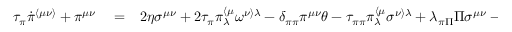
\begin{array} { r l r } { \tau _ { \pi } \dot { \pi } ^ { \langle \mu \nu \rangle } + \pi ^ { \mu \nu } } & { { } = } & { 2 \eta \sigma ^ { \mu \nu } + 2 \tau _ { \pi } \pi _ { \lambda } ^ { \langle \mu } \omega ^ { \nu \rangle \lambda } - \delta _ { \pi \pi } \pi ^ { \mu \nu } \theta - \tau _ { \pi \pi } \pi _ { \lambda } ^ { \langle \mu } \sigma ^ { \nu \rangle \lambda } + \lambda _ { \pi \Pi } \Pi \sigma ^ { \mu \nu } - \tau _ { \pi n } n ^ { \langle \mu } \nabla ^ { \nu \rangle } P _ { 0 } + \ell _ { \pi n } \nabla ^ { \langle \mu } n ^ { \nu \rangle } + } \end{array}